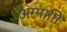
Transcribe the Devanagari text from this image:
अम्मानि